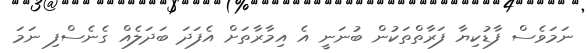
ނަމަވެސް ފާޑުކިޔާ ފަރާތްތަކުން ބުނަނީ އެ އިމާރާތަށް އެފަދަ ބަދަލެެއް ގެނެސްފި ނަމަ